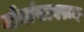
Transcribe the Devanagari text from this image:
गोमांसावरून